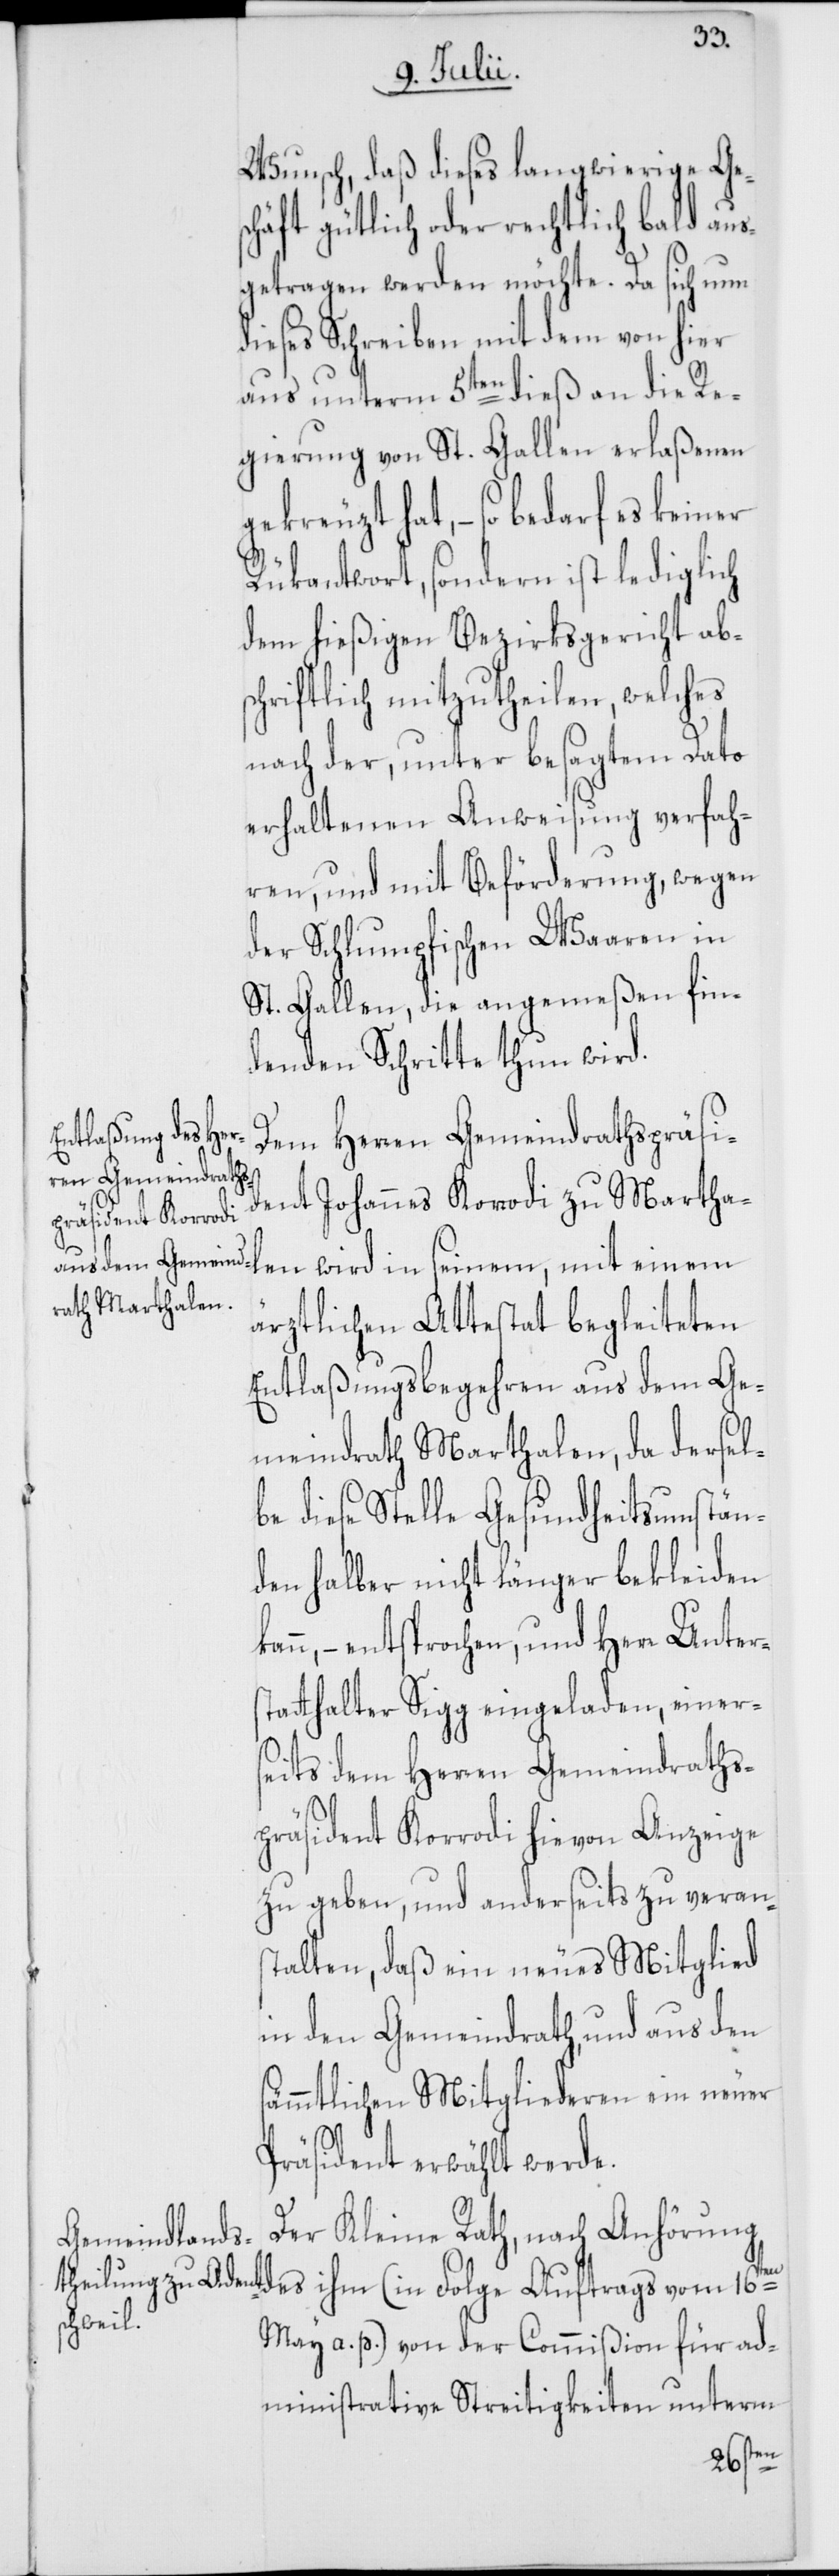
Wunsch, daß dieses langwierige Ge¬
schäft gütlich oder rechtlich bald aus¬
getragen werden möchte. Da sich nun
dieses Schreiben mit dem von hier
aus unterm 5ten dieß an die Re¬
gierung von St. Gallen erlaßenen
gekreuzt hat, – so bedarf es keiner
Rükantwort, sondern ist lediglich
dem hießigen Bezirksgericht ab¬
schriftlich mitzutheilen, welches
nach der, unter besagtem Dato
erhaltenen Anweisung verfah¬
ren, und mit Beförderung, wegen
der Schlumpfischen Waaren in
St. Gallen, die angemeßen fin¬
denden Schritte thun wird.
Dem Herren Gemeindrathspräsi¬
dent Johannes Korrodi zu Martha¬
vom
ärztlichen Attestat begleiteten
Entlaßungsbegehren aus dem Ge¬
meindrath Marthalen, da dersel¬
be diese Stelle Gesundheitsumstän¬
den halber nicht länger bekleiden
nn, – entsprochen, und Herr Unter¬
statthalter Sigg eingeladen, einer¬
seits dem Herren Gemeindraths¬
präsident Korrodi hievon Anzeige
zu geben, und anderseits zu veran¬
stalten, daß ein neues Mitglied
in den Gemeindrath, und aus den
sämmtlichen Mitgliederen ein neuer
Präsident erwählt werde.
Der Kleine Rath, nach Anhörung
(in
May a. p.) von der Commißion für ad¬
ministrative Streitigkeiten unterm
einem